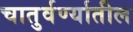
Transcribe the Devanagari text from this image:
चातुर्वर्ण्यातील